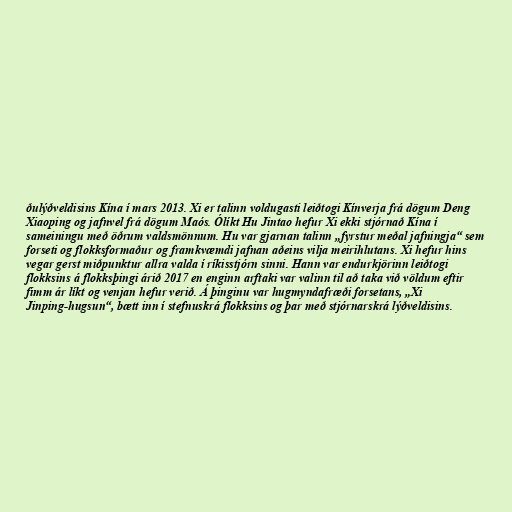
ðulýðveldisins Kína í mars 2013. Xi er talinn voldugasti leiðtogi Kínverja frá dögum Deng
Xiaoping og jafnvel frá dögum Maós. Ólíkt Hu Jintao hefur Xi ekki stjórnað Kína í
sameiningu með öðrum valdsmönnum. Hu var gjarnan talinn „fyrstur meðal jafningja“ sem
forseti og flokksformaður og framkvæmdi jafnan aðeins vilja meirihlutans. Xi hefur hins
vegar gerst miðpunktur allra valda í ríkisstjórn sinni. Hann var endurkjörinn leiðtogi
flokksins á flokksþingi árið 2017 en enginn arftaki var valinn til að taka við völdum eftir
fimm ár líkt og venjan hefur verið. Á þinginu var hugmyndafræði forsetans, „Xi
Jinping-hugsun“, bætt inn í stefnuskrá flokksins og þar með stjórnarskrá lýðveldisins.